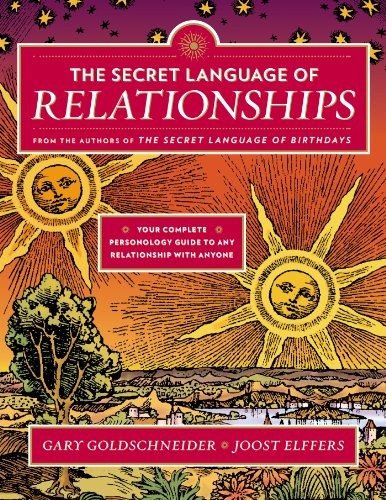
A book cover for The Secret Language of Relationships; Gary Goldschneider; Health, Fitness & Dieting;